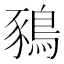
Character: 𪁥